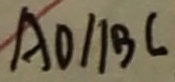
A O / / B C